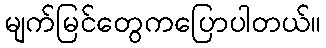
မျက်မြင်တွေကပြောပါတယ်။